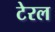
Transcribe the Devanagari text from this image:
टेरल